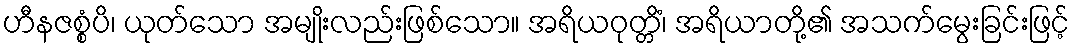
ဟီနဇစ္စံပိ၊ ယုတ်သော အမျိုးလည်းဖြစ်သော။ အရိယဝုတ္တိံ၊ အရိယာတို့၏ အသက်မွေးခြင်းဖြင့်